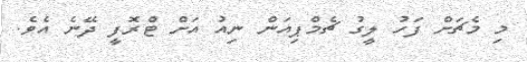
މި މެޗަށް ފަހު ލީގު ޗެމްޕިއަން ނިއު އަށް ޓްރޮފީ ދޭނެ އެވެ.